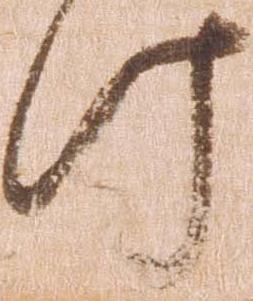
け